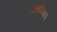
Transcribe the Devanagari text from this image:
आर्सेनिक।